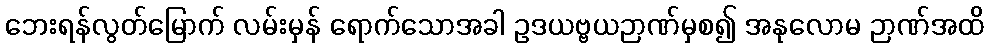
ဘေးရန်လွတ်မြောက် လမ်းမှန် ရောက်သောအခါ ဥဒယဗ္ဗယဉာဏ်မှစ၍ အနုလောမ ဉာဏ်အထိ